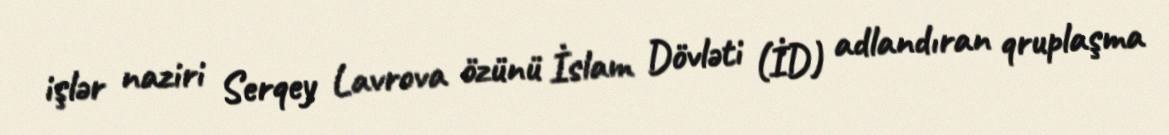
işlər naziri Serqey Lavrova özünü İslam Dövləti (İD) adlandıran qruplaşma